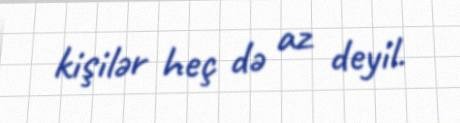
kişilər heç də az deyil.